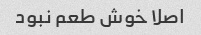
اصلا خوش طعم نبود